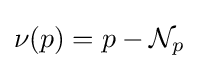
\nu (p)=p-{\mathcal {N}}_{p}